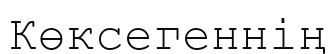
Көксегеннің